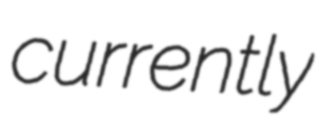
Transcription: currently